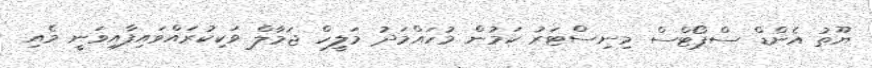
ޔޫތު އެންޑް ސްޕޯޓްސް މިނިސްޓަރު ކަމުން މުހައްމަދު މަލީހް ޖަމާލް ވަކިކުރައްވައިފާއިވަނީ މެއި